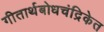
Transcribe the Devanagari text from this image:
गीतार्थबोधचंद्रिकेत